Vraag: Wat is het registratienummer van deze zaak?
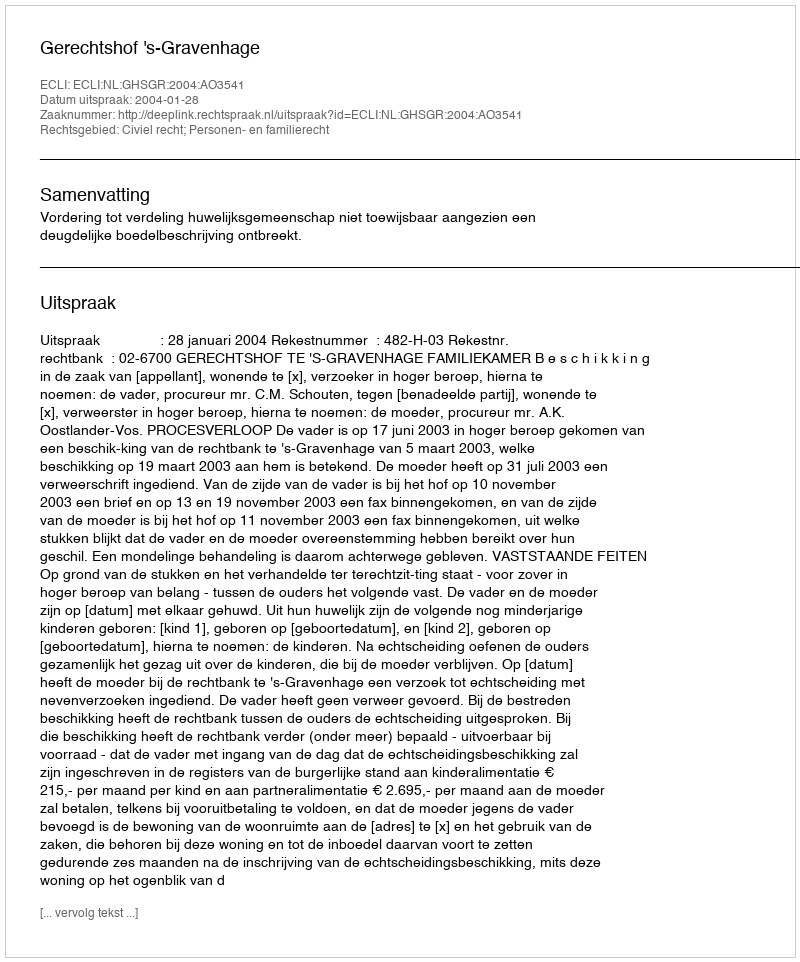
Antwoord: http://deeplink.rechtspraak.nl/uitspraak?id=ECLI:NL:GHSGR:2004:AO3541